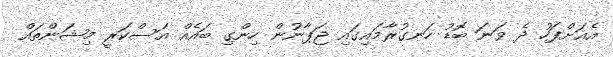
އެއަށްފަހު ދެ ވަނަ ބޮޑު ހަނގުރާމައިގައި ޖަޕާނުން ހިންގި ބައެއް އަސްކަރީ މިޝަންތައް